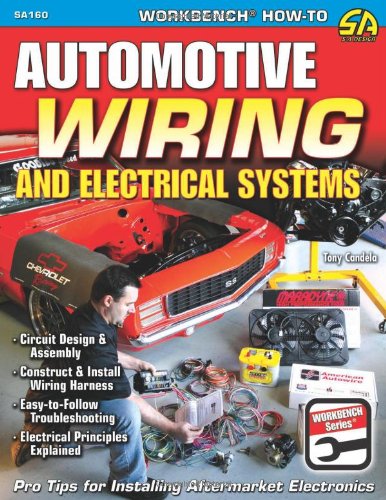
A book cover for Automotive Wiring and Electrical Systems (Workbench Series); Tony Candela; Engineering & Transportation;